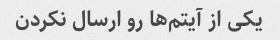
یکی از آیتم‌ها رو ارسال نکردن